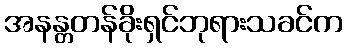
အနန္တတန်ခိုးရှင်ဘုရားသခင်က